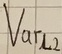
Text: Varl2